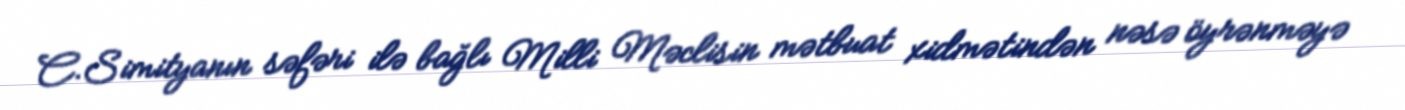
C.Simityanın səfəri ilə bağlı Milli Məclisin mətbuat xidmətindən nəsə öyrənməyə